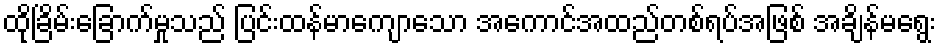
ထိုခြိမ်းခြောက်မှုသည် ပြင်းထန်မာကျောသော အကောင်အထည်တစ်ရပ်အဖြစ် အချိန်မရွေး